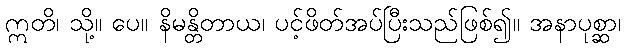
ဣတိ၊ သို့။ ပေ။ နိမန္တိတာယ၊ ပင့်ဖိတ်အပ်ပြီးသည်ဖြစ်၍။ အနာပုစ္ဆာ၊